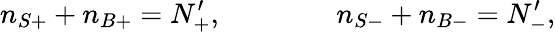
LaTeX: n_{S+}+n_{B+}=N_{+}^{\prime},\qquad\qquad n_{S-}+n_{B-}=N_{-}^{\prime},